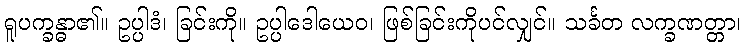
ရူပက္ခန္ဓာ၏။ ဥပ္ပါဒံ၊ ခြင်းကို။ ဥပ္ပါဒေါယေဝ၊ ဖြစ်ခြင်းကိုပင်လျှင်။ သင်္ခတ လက္ခဏတ္တာ၊